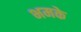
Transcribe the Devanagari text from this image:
भमके